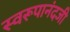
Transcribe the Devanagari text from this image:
स्वरूपानंदजी